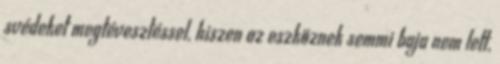
svédeket megtévesztéssel, hiszen az eszköznek semmi baja nem lett,